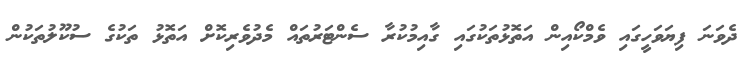
ދެވަނަ ފިޔަވަހީގައި ވެމްކޯއިން އަތޮޅުތަކުގައި ގާއިމުކުރާ ސެންޓަރުތައް މެދުވެރިކޮށް އަތޮޅު ތަކުގެ ސުކޫލުތަކުން